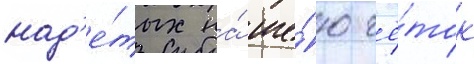
над'е́тых на́ ше́ю чё́ток